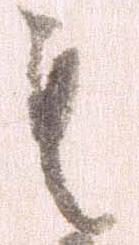
も